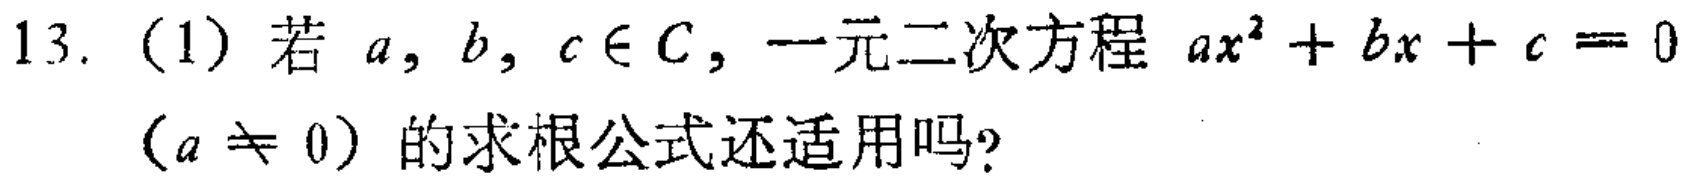
13. (1) 若 \(a,b,c\in C\)，一元二次方程 \(ax^{2}+bx + c = 0\)（\(a\neq 0\)）的求根公式还适用吗？